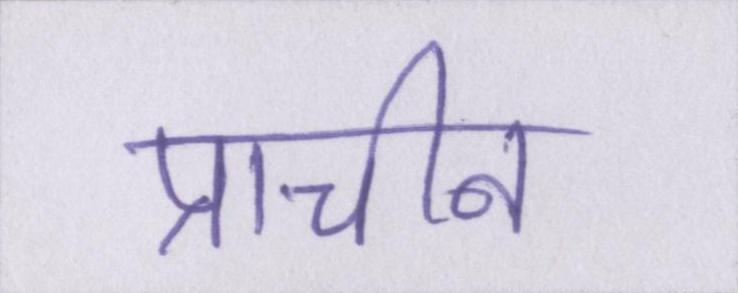
प्राचीन